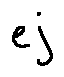
e j